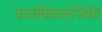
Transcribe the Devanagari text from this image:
वातविकारांपैकी